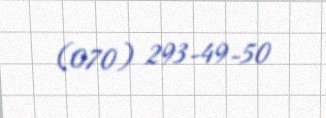
(070) 293-49-50